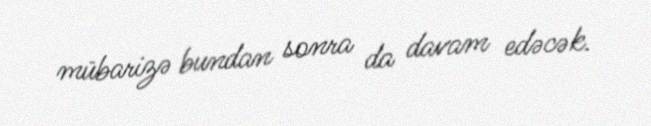
mübarizə bundan sonra da davam edəcək.